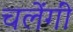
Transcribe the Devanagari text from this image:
चलेंगीं